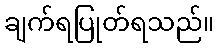
ချက်ရပြုတ်ရသည်။